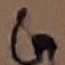
Text: GG